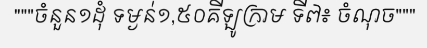
"""ចំនួន១ដុំ ទម្ងន់១,៥០គីឡូក្រាម ទី៧៖ ចំណុច"""